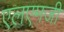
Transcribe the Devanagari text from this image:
एलएमजी